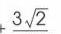
\(3\sqrt{2}\)